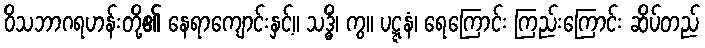
ဝိသဘာဂရဟန်းတို့၏ နေရာကျောင်းနှင့်။ သဒ္ဓိံ၊ ကွ။ ပဋ္ဋနံ၊ ရေကြောင်း ကြည်းကြောင်း ဆိပ်တည်